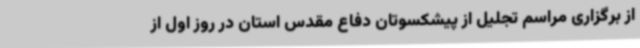
از برگزاری مراسم تجلیل از پیشکسوتان دفاع مقدس استان در روز اول از